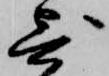
寄